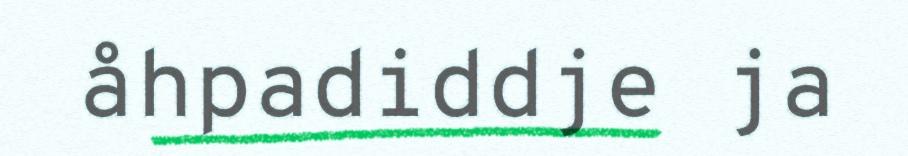
åhpadiddje ja